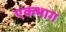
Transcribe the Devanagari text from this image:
एकभाग